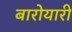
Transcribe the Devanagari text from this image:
बारोयारी